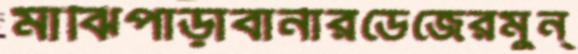
মাঝিপাড়াবার্নারডেজেরমুন্